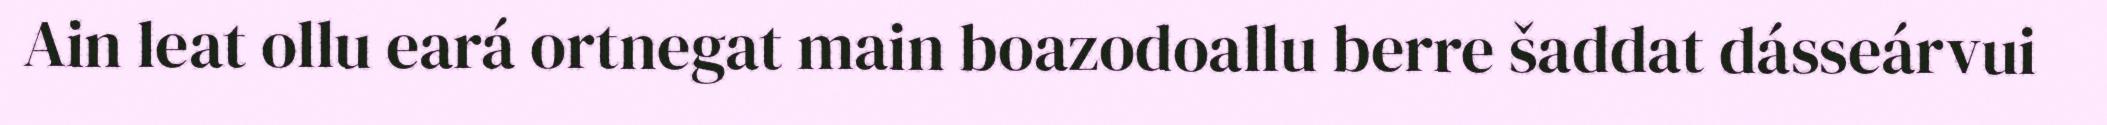
Ain leat ollu eará ortnegat main boazodoallu berre šaddat dásseárvui